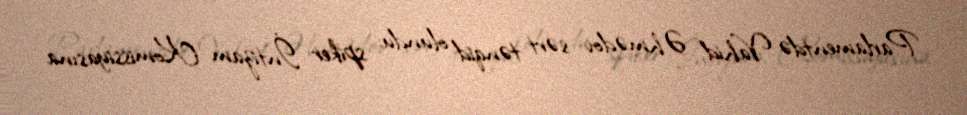
Parlamentdə Vahid Əhmədov sərt tənqid olundu; spiker İntizam Komissiyasına